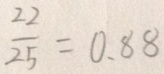
\frac { 2 2 } { 2 5 } = 0 . 8 8